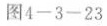
图 4—3—23